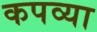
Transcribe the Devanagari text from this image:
कपव्या